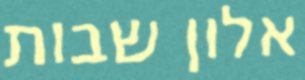
אלון שבות